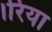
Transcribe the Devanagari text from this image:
।रिया